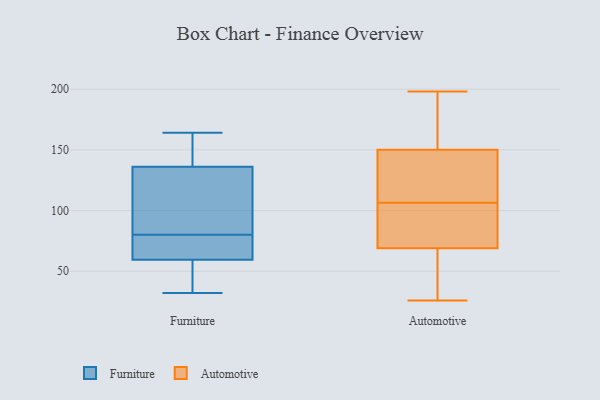
{"axis": {"x": "Page Views", "y": "Value"}, "legend": ["Automotive", "Furniture"], "data": [{"x": "", "y": 73, "type": "Furniture"}, {"x": "", "y": 147, "type": "Furniture"}, {"x": "", "y": 46, "type": "Furniture"}, {"x": "", "y": 164, "type": "Furniture"}, {"x": "", "y": 73, "type": "Furniture"}, {"x": "", "y": 86, "type": "Furniture"}, {"x": "", "y": 32, "type": "Furniture"}, {"x": "", "y": 74, "type": "Furniture"}, {"x": "", "y": 140, "type": "Furniture"}, {"x": "", "y": 32, "type": "Furniture"}, {"x": "", "y": 117, "type": "Furniture"}, {"x": "", "y": 132, "type": "Furniture"}, {"x": "", "y": 81, "type": "Automotive"}, {"x": "", "y": 26, "type": "Automotive"}, {"x": "", "y": 70, "type": "Automotive"}, {"x": "", "y": 54, "type": "Automotive"}, {"x": "", "y": 183, "type": "Automotive"}, {"x": "", "y": 103, "type": "Automotive"}, {"x": "", "y": 110, "type": "Automotive"}, {"x": "", "y": 119, "type": "Automotive"}, {"x": "", "y": 124, "type": "Automotive"}, {"x": "", "y": 69, "type": "Automotive"}, {"x": "", "y": 150, "type": "Automotive"}, {"x": "", "y": 198, "type": "Automotive"}, {"x": "", "y": 26, "type": "Automotive"}, {"x": "", "y": 173, "type": "Automotive"}]}